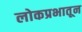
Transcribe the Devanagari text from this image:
लोकप्रभातून